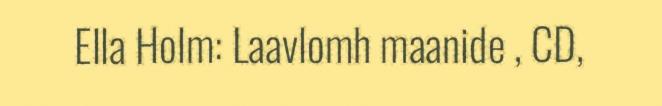
Ella Holm: Laavlomh maanide , CD,